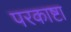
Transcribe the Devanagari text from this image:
परकाष्टा